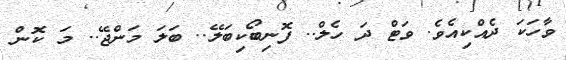
ވާހަކަ ދެއްކިއެވެ. ވަޓް ދަ ހެލް.. ފޮނިބޯކިބަލޭ.. ބަލަ މަންޖޭ.. މަ ކޮން